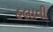
હલાવી